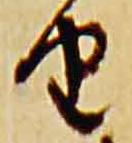
由